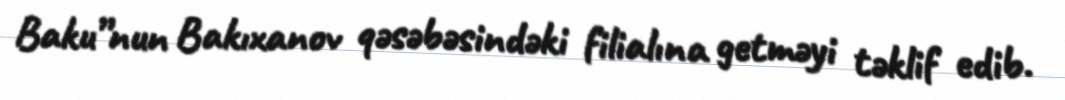
Baku”nun Bakıxanov qəsəbəsindəki filialına getməyi təklif edib.